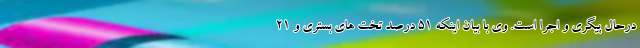
درحال پیگری و اجرا است. وی با بیان اینکه ۵۱ درصد تخت های بستری و ۲۱